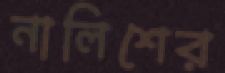
নালিশের